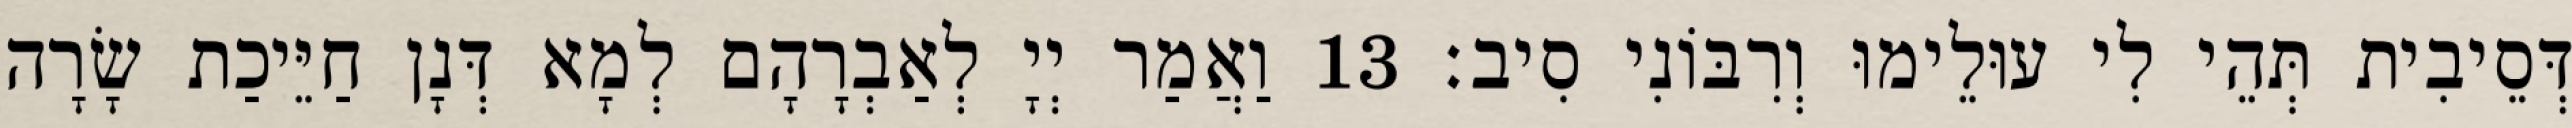
דְּסֵיבִית תְּהֵי לִי עוּלֵימוּ וְרִבּוֹנִי סִיב׃ 13 וַאֲמַר יְיָ לְאַבְרָהָם לְמָא דְּנָן חַיֵּיכַת שָׂרָה